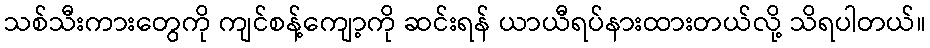
သစ်သီးကားတွေကို ကျင်စန့်ကျော့ကို ဆင်းရန် ယာယီရပ်နားထားတယ်လို့ သိရပါတယ်။